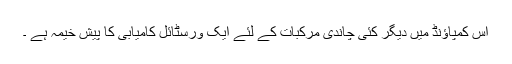
اس کمپاؤنڈ میں دیگر کئی چاندی مرکبات کے لئے ایک ورسٹائل کامیابی کا پیش خیمہ ہے ۔